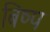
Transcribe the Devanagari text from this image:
बिष्प